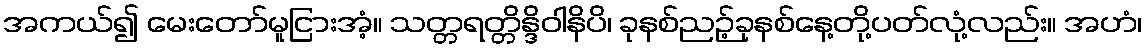
အကယ်၍ မေးတော်မူငြားအံ့။ သတ္တရတ္တိန္ဒိဝါနိပိ၊ ခုနစ်ညဉ့်ခုနစ်နေ့တို့ပတ်လုံ့လည်း။ အဟံ၊